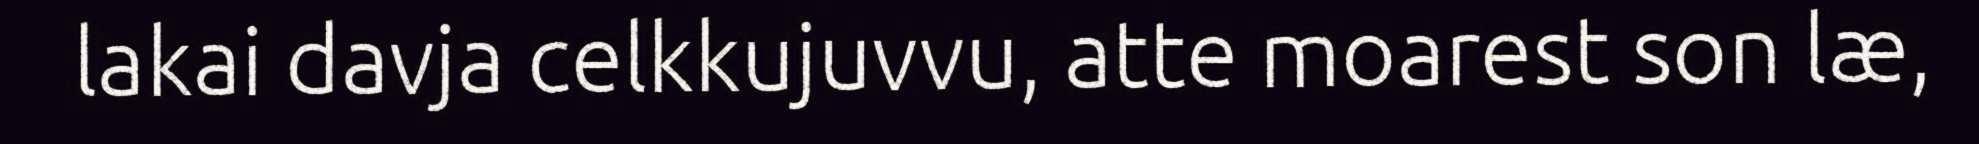
lakai davja celkkujuvvu, atte moarest son læ,